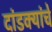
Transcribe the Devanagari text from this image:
दांडक्यांचे